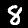
Digit: 8